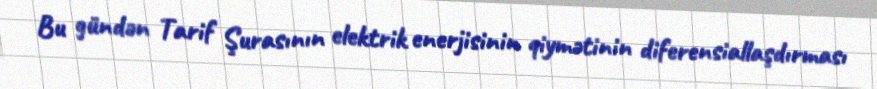
Bu gündən Tarif Şurasının elektrik enerjisinin qiymətinin diferensiallaşdırması